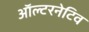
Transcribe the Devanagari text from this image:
ऑल्‍टरनेटिव